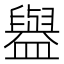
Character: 𰥇